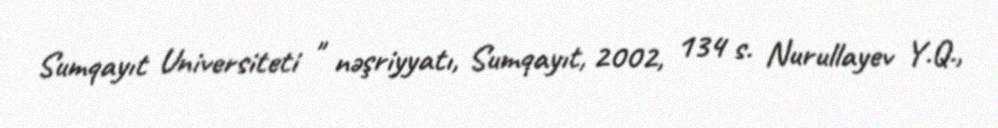
Sumqayıt Universiteti " nəşriyyatı, Sumqayıt, 2002, 134 s. Nurullayev Y.Q.,